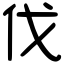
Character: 伐